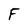
Character: F